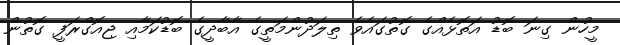
މީހުން ގިނަ ބޮޑު އަތޮޅެއްގެ ގޮތުގައެވެ ތިލަދުންމަތީގެ އާބާދީގެ ބޮޑުކަމާއި ޖިއޮގްރަފީ ގޮތުން